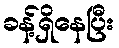
ခန့်ရှိနေပြီး